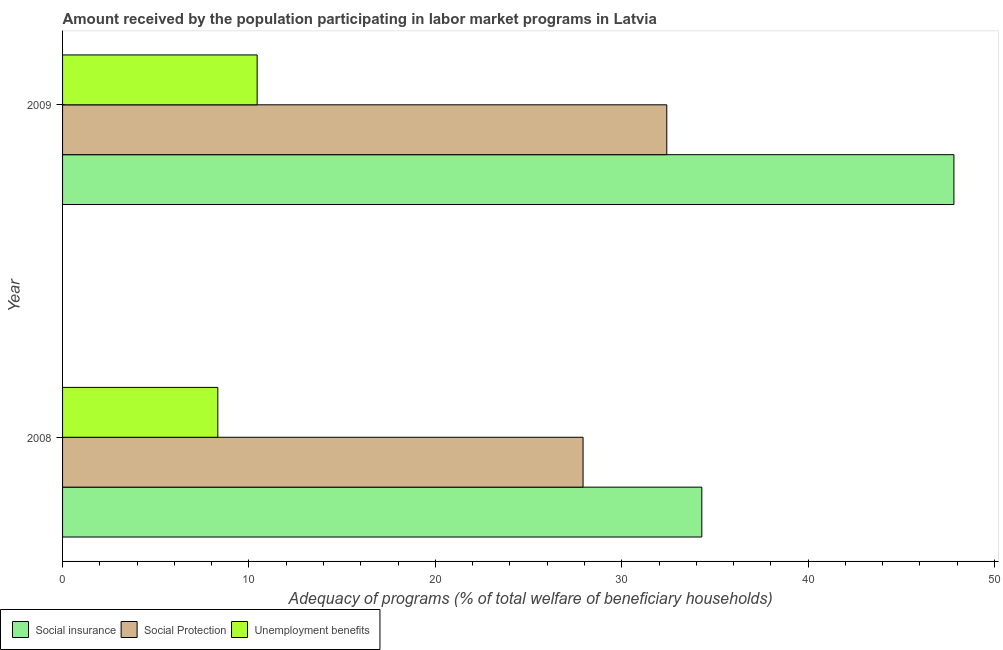
| Year | Social insurance | Social Protection | Unemployment benefits |
 | --- | --- | --- | --- |
 | 2008 | 34.3 | 27.9 | 8.33 |
 | 2009 | 47.8 | 32.4 | 10.4 |